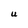
Character: U